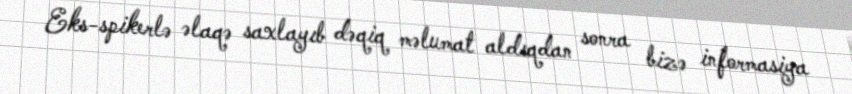
Eks-spikerlə əlaqə saxlayıb dəqiq məlumat aldıqdan sonra bizə informasiya